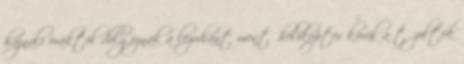
hajnali óráktól dolgoznak a lezuhant mentőhelikopter körül a tűzoltók